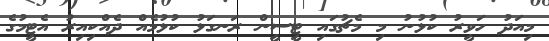
މިއަދު ހަވީރު ކުޅުނު މި މެޗުގައި ޓީސީން ރަނގަޅު ކުޅުމެއް ދެއްކިއިރު އެޓީމުގެ